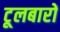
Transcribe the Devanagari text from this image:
टूलबारों